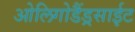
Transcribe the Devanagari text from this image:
ओलिगोडैंड्रसाईट